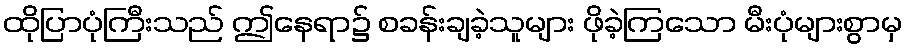
ထိုပြာပုံကြီးသည် ဤနေရာ၌ စခန်းချခဲ့သူများ ဖိုခဲ့ကြသော မီးပုံများစွာမှ